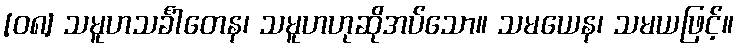
[၀၈] သမူဟသင်္ခါတေန၊ သမူဟဟုဆိုအပ်သော။ သမယေန၊ သမယဖြင့်။